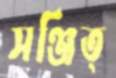
সঞ্জিত্